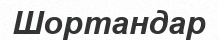
Шортандар